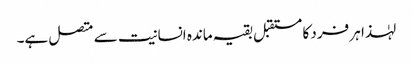
لہٰذا ہر فرد کا مستقبل بقیہ ماندہ انسانیت سے متصل ہے۔